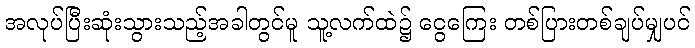
အလုပ်ပြီးဆုံးသွားသည့်အခါတွင်မူ သူ့လက်ထဲ၌ ငွေကြေး တစ်ပြားတစ်ချပ်မျှပင်